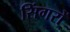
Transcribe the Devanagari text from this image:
सिंगरों